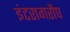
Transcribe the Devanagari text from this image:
इंटरागरौप